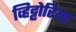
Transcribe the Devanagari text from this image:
व्हिट्टोरिया